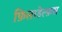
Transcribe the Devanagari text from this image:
फ़िलाडेल्फ़स